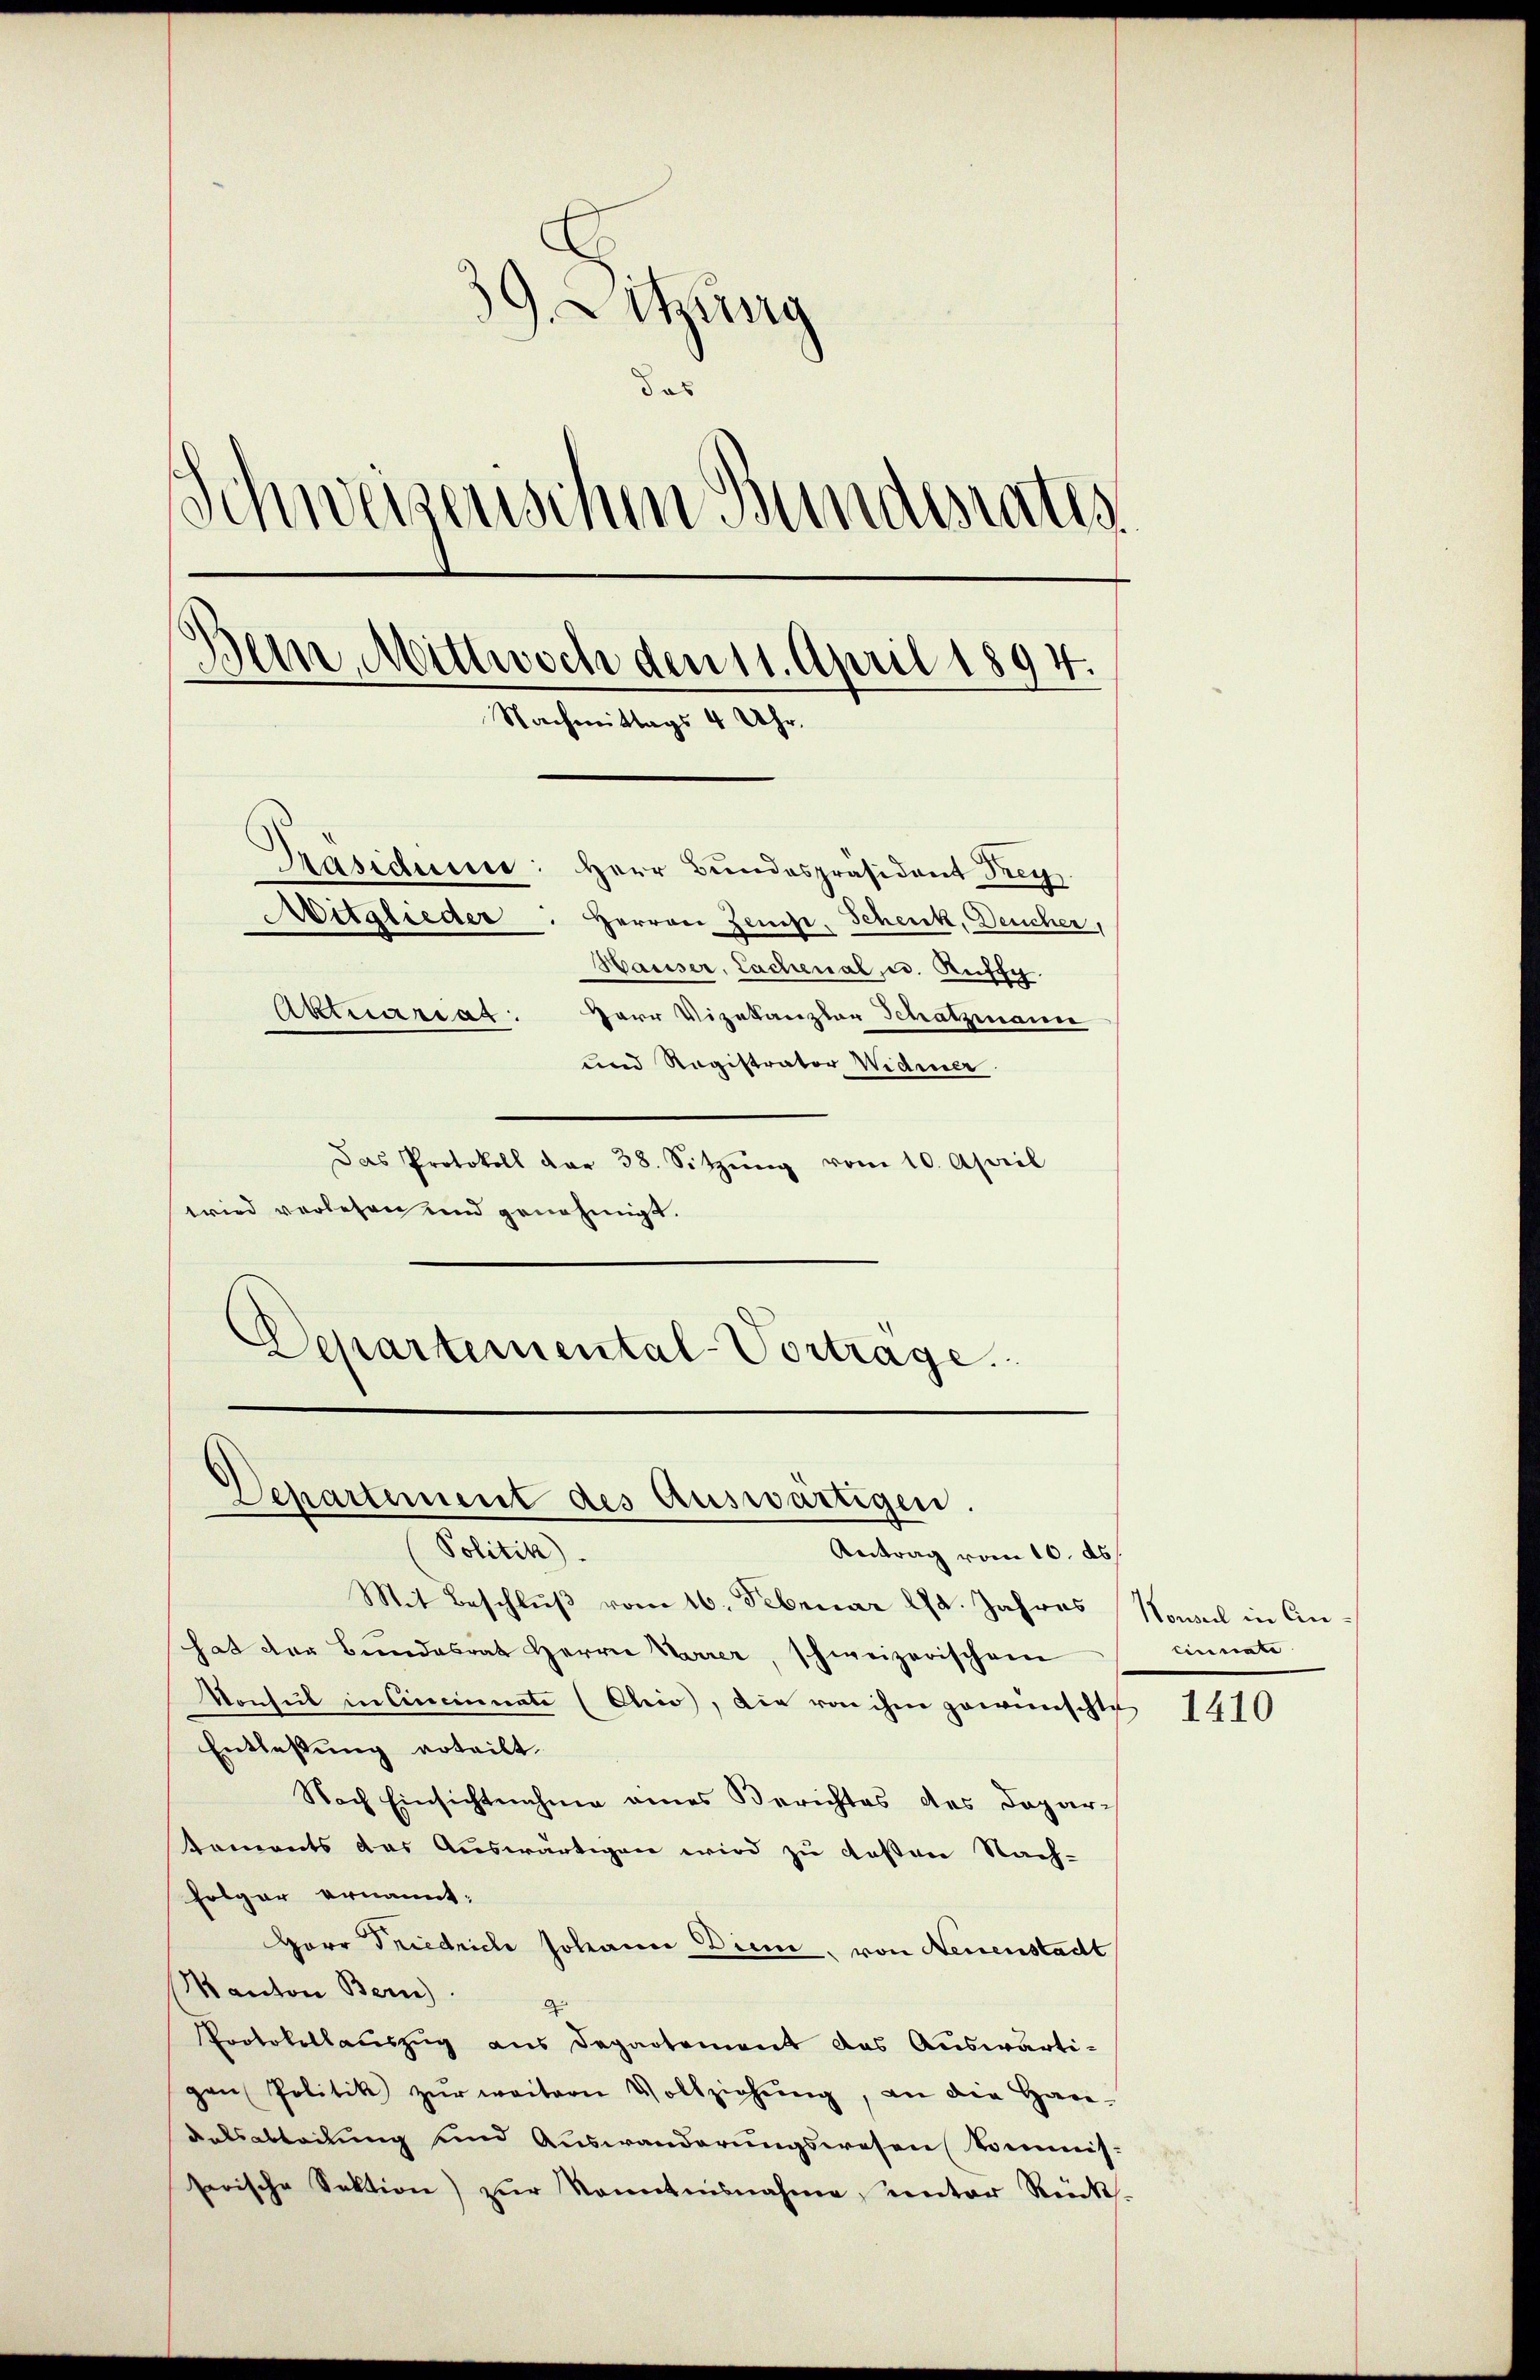
39. Sitzung
s
Schweigenschen Bunderatis
an Mittwoch den 11. April 1894.
Nachmittags 4 Uhr.
Präsidense: Herr Bundespräsident Frey
Aitglieder. Herren Zeuse, Schenk, Deucher,
Hauser, Lachenal, u. Aufg.
Aktuariat: Herr Vizekanzler Schatzmanne
und Ragistrator Widmer

Das Protokoll dar 38. Sitzŭng vom 10. April
wried verlesen und genehmigt.
Departemental-Vortrage.

Departement des Auswärtigen.
Setten.
Antrag vom 10. ds.

Mit Beschlŭβ vom 16. Februar d. Jahres
hat der Bundesrat Herrn Parrer, schweizerischen
Vonsul in Cincinnate (Chio, die von ihm gewünschte
Entlaßung erteilt.
Nach Einsichtnahme eines Berichtes des Depar-
koments das Auswärtigen wird zu desten Nach-
Folger ernannt:
Herr Friedrich Johann Diene, von Neuenstadt
Manton Bern)
Protokollauszug aus Departement das Auswärtigen Politik zŭr weitern Vollziehŭng, an die Han-
dalsabtadung und Auswanderungswesen kommis-
sorische Sektion) zŭr Kenntnisnahme, unter Rück-

Konseil in Ein¬
Einnate

1410